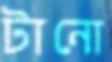
টানো